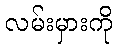
လမ်းမှားကို